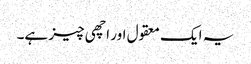
یہ ایک معقول اور اچھی چیز ہے۔